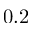
0 . 2